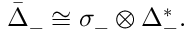
{ \bar { \Delta } } _ { - } \cong \sigma _ { - } \otimes \Delta _ { - } ^ { * } .